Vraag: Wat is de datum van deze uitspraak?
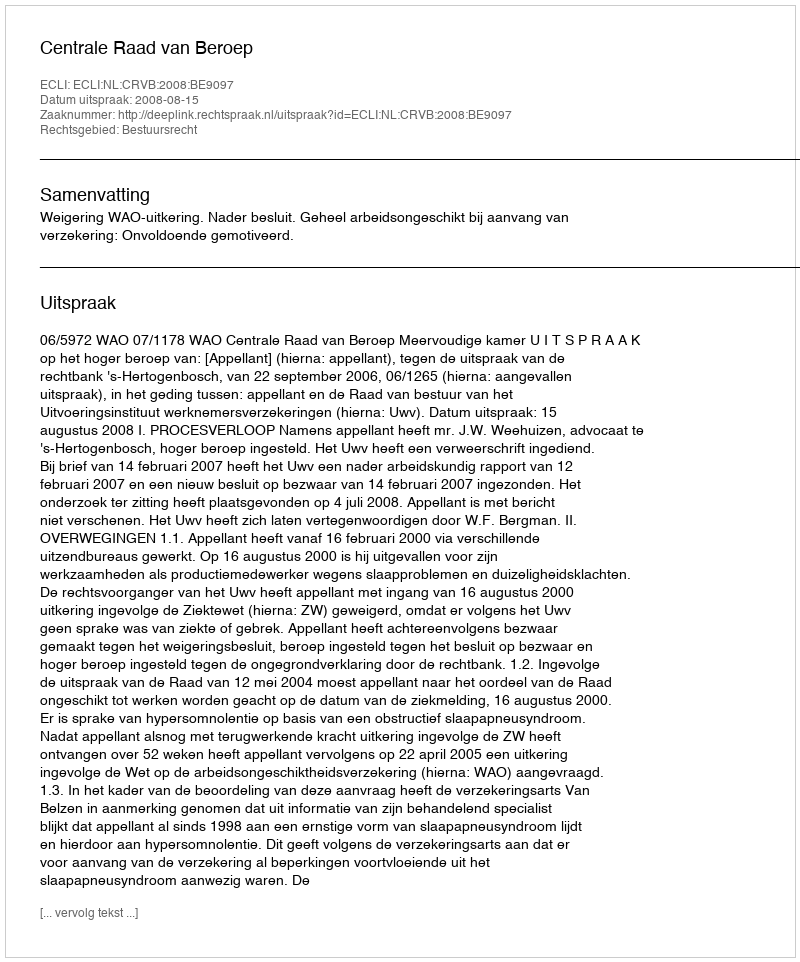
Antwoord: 2008-08-15